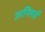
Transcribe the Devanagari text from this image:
अनियई